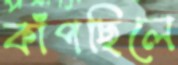
কাঁপছিলে